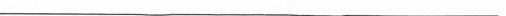
---------------------